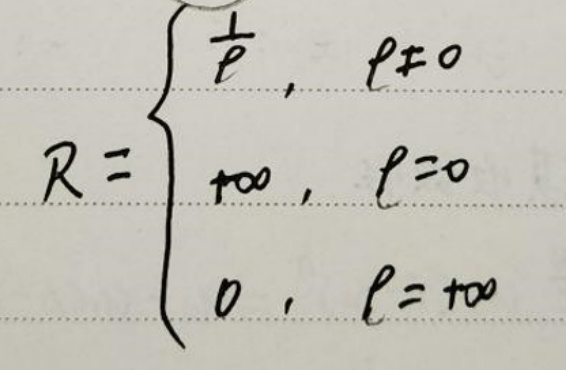
\[
R =
\begin{cases}
\frac{1}{t}, & t \neq 0 \\
+\infty, & t = 0 \\
0, & t = +\infty
\end{cases}
\]